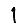
Digit: 1